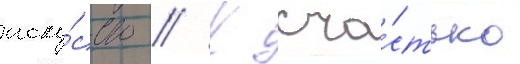
иску́сство // К сча́стью